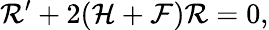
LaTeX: {\cal R}^{\prime}+2({\cal H}+{\cal F}){\cal R}=0,